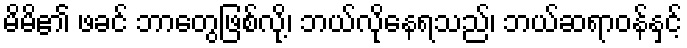
မိမိ၏ ဖခင် ဘာတွေဖြစ်လို့၊ ဘယ်လိုနေရသည်၊ ဘယ်ဆရာဝန်နှင့်